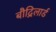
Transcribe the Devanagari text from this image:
बौद्रिलार्ड